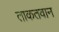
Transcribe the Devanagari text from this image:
ताकतवान